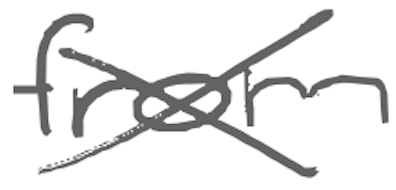
Text: from
Cross-out: cross
Writing tool: digital_gray